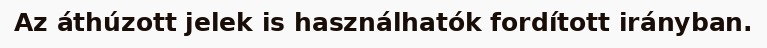
Az áthúzott jelek is használhatók fordított irányban.